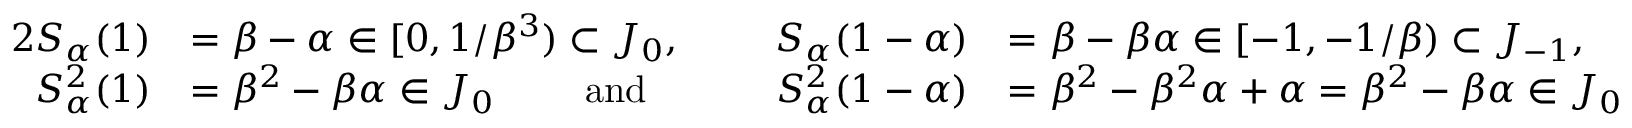
\begin{array} { r l r l } { { 2 } S _ { \alpha } ( 1 ) } & { = \beta - \alpha \in [ 0 , 1 / \beta ^ { 3 } ) \subset J _ { 0 } , \ } & { S _ { \alpha } ( 1 - \alpha ) } & { = \beta - \beta \alpha \in [ - 1 , - 1 / \beta ) \subset J _ { - 1 } , } \\ { S _ { \alpha } ^ { 2 } ( 1 ) } & { = \beta ^ { 2 } - \beta \alpha \in J _ { 0 } \ \ \ \ \ \ \ \mathrm { a n d } \ \ \ \ \ \ \ } & { S _ { \alpha } ^ { 2 } ( 1 - \alpha ) } & { = \beta ^ { 2 } - \beta ^ { 2 } \alpha + \alpha = \beta ^ { 2 } - \beta \alpha \in J _ { 0 } } \end{array}